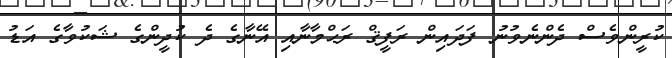
ކުރީންވެސް ދެންނެވުނު ފަދައިން ރަފީޤް ރަޙްމާނާއި އޭނާގެ ދެ ކުދީންގެ ޝަކުވާގެ އަޑު